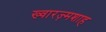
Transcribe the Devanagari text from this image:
ख्वारज़्मशाह